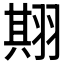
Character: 𱻛